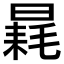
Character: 𣉶